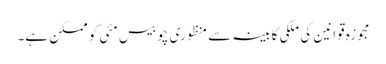
مجوزہ قوانین کی ملکی کابینہ سے منظوری چوبیس مئی کو ممکن ہے۔